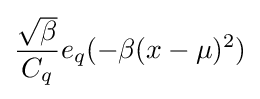
{{\sqrt {\beta }} \over C_{q}}e_{q}({-\beta (x-\mu )^{2}})